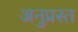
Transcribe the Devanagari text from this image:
अनुप्रस्त